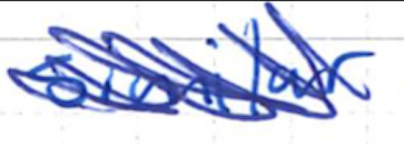
Text: similar
Cross-out: scratch
Writing tool: ballpoint